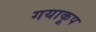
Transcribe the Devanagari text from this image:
गयाकूप